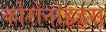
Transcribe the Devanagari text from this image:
कोरोनोइड्स